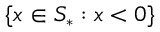
\{ x \in S _ { * } : x < 0 \}